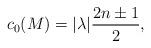
LaTeX: \begin{align*}c_0(M)=|\lambda|\frac{2n\pm 1}{2},\end{align*}